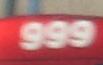
999